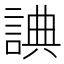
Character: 𧨸